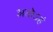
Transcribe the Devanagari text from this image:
अतोऽहं